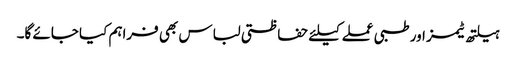
ہیلتھ ٹیمز اور طبی عملے کیلئے حفاظتی لباس بھی فراہم کیا جائے گا۔